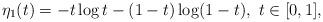
LaTeX: \begin{align*}\eta_1(t) = -t\log t - (1-t) \log(1-t), \ t\in [0, 1], \end{align*}